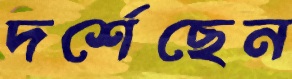
দর্শেছেন